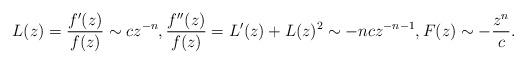
LaTeX: \begin{align*}L(z) = \frac{f'(z)}{f(z)} \sim c z^{-n}, \frac{f''(z)}{f(z)}= L'(z) + L(z)^2 \sim - n c z^{-n-1} , F(z) \sim - \frac{z^n}{c}.\end{align*}